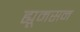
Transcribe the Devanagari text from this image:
ह्यूमसन